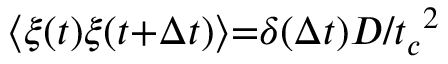
{ \langle } \xi ( t ) \xi ( t { + } { \Delta } t ) { \rangle } { = } { \delta } ( { \Delta } t ) D / { t _ { c } } ^ { 2 }